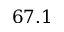
6 7 . 1